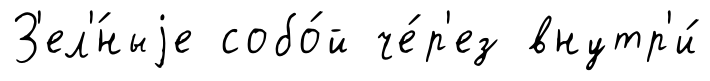
З'ел'́ныjе собо́й че́р'ез внутр'и́